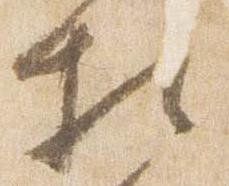
相